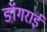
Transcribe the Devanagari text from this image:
ङॉगराई